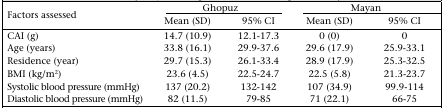
<table><thead><tr><td rowspan="2"><b>Factors assessed</b></td><td colspan="2"><b>Ghopuz</b></td><td colspan="2"><b>Mayan</b></td></tr><tr><td><b>Mean (SD)</b></td><td><b>95% CI</b></td><td><b>Mean (SD)</b></td><td><b>95% CI</b></td></tr></thead><tbody><tr><td>CAI (g)</td><td>14.7 (10.9)</td><td>12.1–17.3</td><td>0 (0)</td><td>0</td></tr><tr><td>Age (years)</td><td>33.8 (16.1)</td><td>29.9–37.6</td><td>29.6 (17.9)</td><td>25.9–33.1</td></tr><tr><td>Residence (year)</td><td>29.7 (15.3)</td><td>26.1–33.4</td><td>28.9 (17.9)</td><td>25.3–32.5</td></tr><tr><td>BMI (kg/m<sup>2</sup>)</td><td>23.6 (4.5)</td><td>22.5–24.7</td><td>22.5 (5.8)</td><td>21.3–23.7</td></tr><tr><td>Systolic blood pressure (mmHg)</td><td>137 (20.2)</td><td>132–142</td><td>107 (34.9)</td><td>99.9–114</td></tr><tr><td>Diastolic blood pressure (mmHg)</td><td>82 (11.5)</td><td>79–85</td><td>71 (22.1)</td><td>66–75</td></tr></tbody></table>